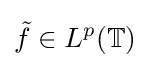
{\tilde {f}}\in L^{p}(\mathbb {T} )